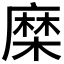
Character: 𮮈